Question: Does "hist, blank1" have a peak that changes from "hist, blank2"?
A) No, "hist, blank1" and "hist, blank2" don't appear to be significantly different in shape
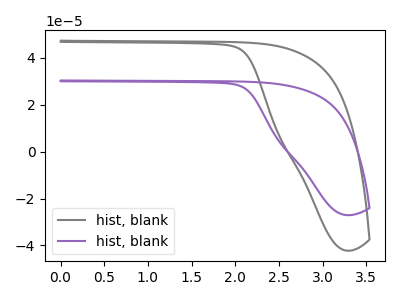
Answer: <think>The gray curve "hist, blank1" has no peaks. The purple curve "hist, blank2" has no peaks.
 Neither "hist, blank1" or "hist, blank2" have any peaks.</think>
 <answer>A) No, "hist, blank1" and "hist, blank2" don't appear to be significantly different in shape</answer>
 <eval>A</eval>